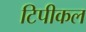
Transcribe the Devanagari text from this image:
टिपीकल